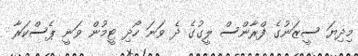
މިދިޔަ ސީޒަނުގެ ފްރާންސް ލީގުގެ ދެ ވަނަ ހޯދި ޓީމުން ވަނީ ޕެސްކަރާ